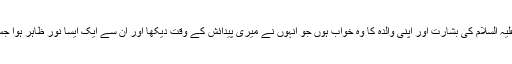
میں ابراہیم علیہ السلام کی دعا، عیسیٰ علیہ السلام کی بشارت اور اپنی والدہ کا وہ خواب ہوں جو انہوں نے میری پیدائش کے وقت دیکھا اور ان سے ایک ایسا نور ظاہر ہوا جس سے شام کے محلات روشن ہو گئے۔